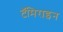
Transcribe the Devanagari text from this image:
टॅमिराइन